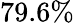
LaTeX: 79.6\%